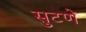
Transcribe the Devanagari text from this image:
सुटणें